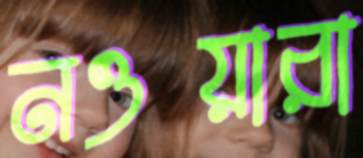
নওয়ারা